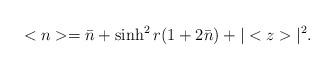
LaTeX: \begin{align*}<n>=\bar n+\sinh ^{2}r(1+2\bar n)+|<z>|^{2}.\end{align*}